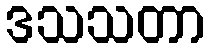
ဒသသတာ